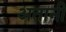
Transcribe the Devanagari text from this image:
अतानी